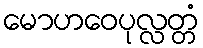
မောဟဝေပုလ္လတ္တံ